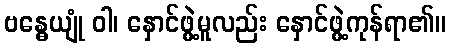
ဗန္ဓေယျုံ ဝါ၊ နှောင်ဖွဲ့မူလည်း နှောင်ဖွဲ့ကုန်ရာ၏။